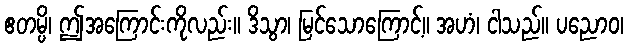
ဧတမ္ပိ၊ ဤအကြောင်းကိုလည်း။ ဒိသွာ၊ မြင်သောကြောင့်။ အဟံ၊ ငါသည်။ ပညောဝ၊